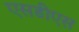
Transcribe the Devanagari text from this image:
एसडीएस